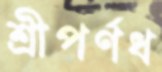
শ্রীপর্ণধ